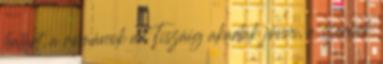
határt, a románok a Tiszáig akartak jönni, a szerbek